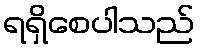
ရရှိစေပါသည်